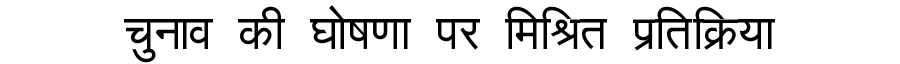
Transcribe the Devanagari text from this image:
चुनाव की घोषणा पर मिश्रित प्रतिक्रिया